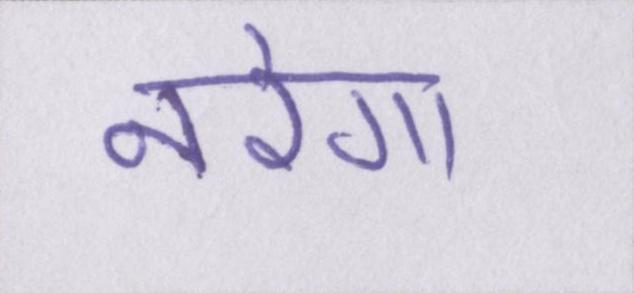
नरेगा